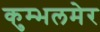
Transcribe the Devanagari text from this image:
कुम्भलमेर